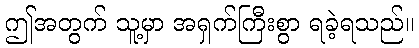
ဤအတွက် သူ့မှာ အရှက်ကြီးစွာ ရခဲ့ရသည်။